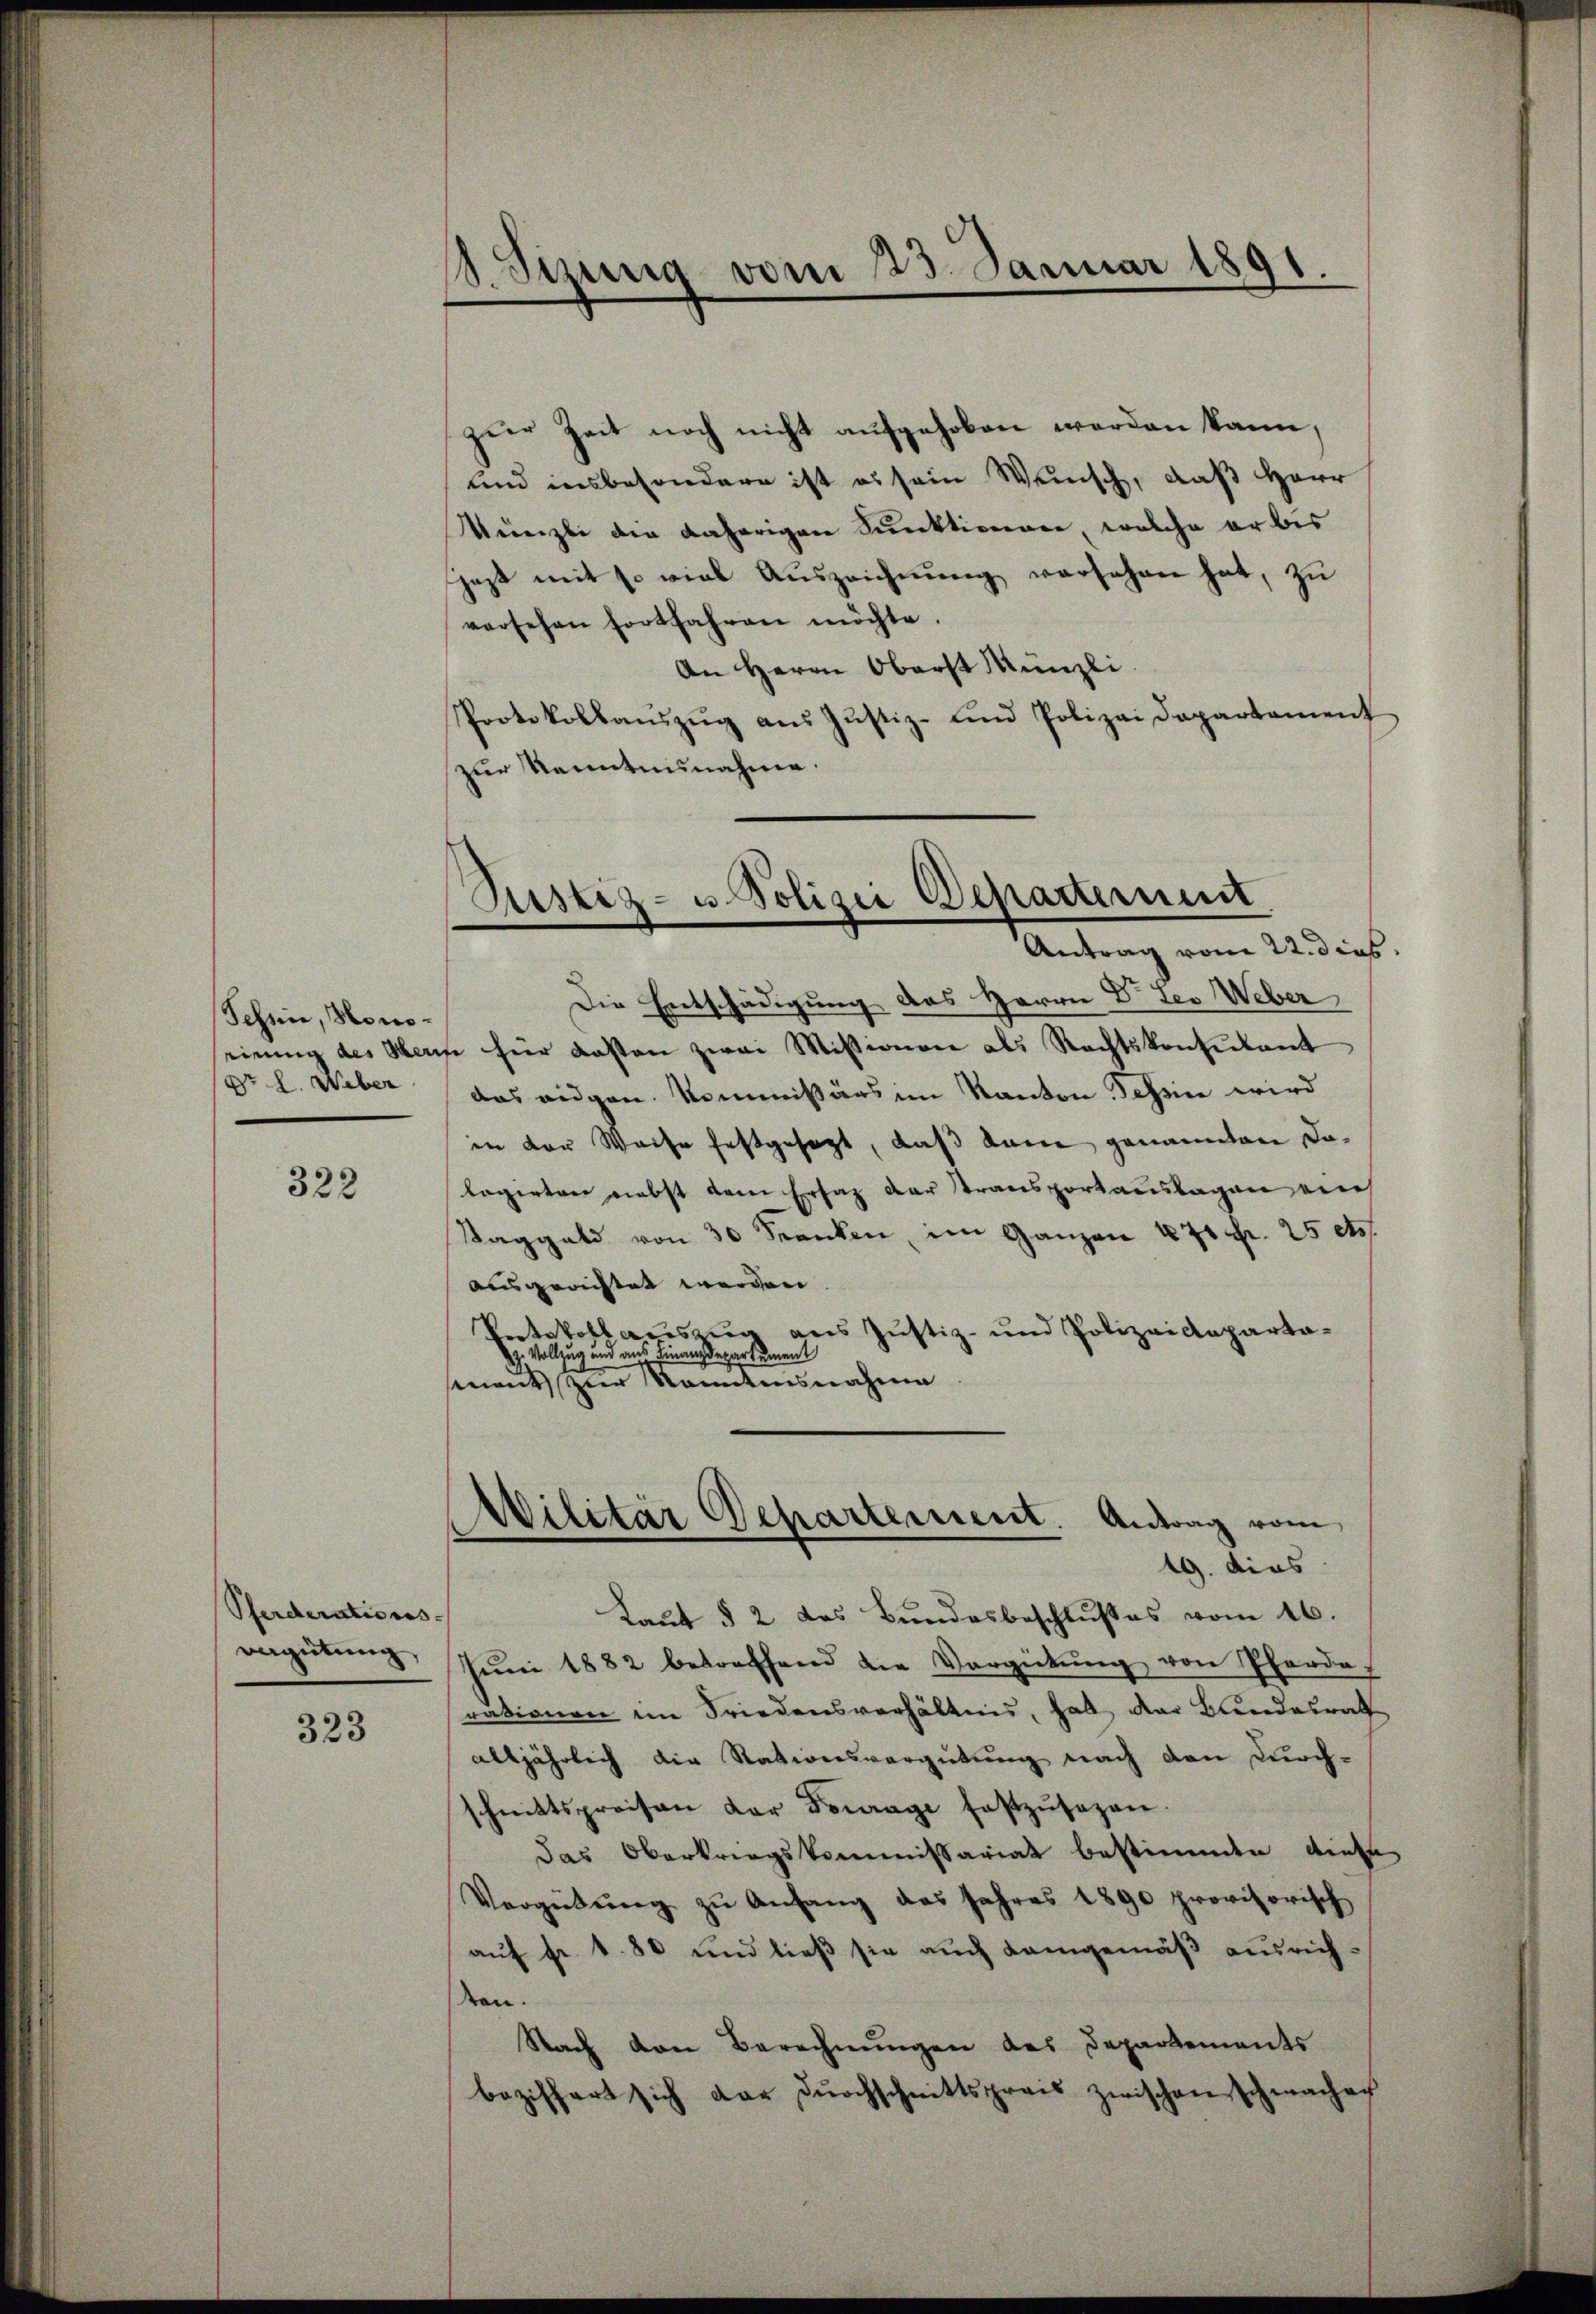
Schen, Hono¬
(Dr. L. Weber

322

Pferderations-
vergütung,

323

8.Sizung vom 23. Januar 1891.

zur Zeit noch nicht aufgehoben worden kann,
und insbesondere ist es sein Wunsch, daß Herr
Künzli die daherigen Punktivieren, welche er bis
Gezt mit so viel Auszeichnung versehen hat, zu
versehen fortfahren möchte.
An Herrn Oberst Münzli
Protokollaŭszŭg aŭs Justiz- und Polizei Departament
zur Kenntnisnahme.

Piustiz- u Polizei Departement
Antrag vom 22. dies

Die Entschädigung des Herrn Dr. Leo Weber
einung des Herze hier dassen zwei Missionare als Rechtskonsulant
das eidgen. Kommißärs im Kanton Tessine wird
in der Weise festgesagt, daß dann genannten Dolagirten nebst dem Ersatz der Stransportauslagen ein
Taggeld von 30 Franken, im Ganzen 1871 Fr. 25 ets.
ausgerichtet werden
Protokollauszug aus Justiz- und Polizeideparta-
z. Vollzug und aus Finanzdepartement
sement zur Kenntnisnahme

Wilitär Departement. Antrag vom
.
.
19. dies

Laut § 2 das Bundesbeschlußes vom 16.
Jŭni 1882 betreffend die Vergütŭng von Pferde
rationen im Friedensverhältnis, hat der Bundesrath
alljährlich die Rationsvergütung nach den Durch-
schnittspreisen der Fourage festzŭsezen.
das Oberkriegskommissariat bestimmte diese
Vergütŭng zu Anfang das Jahres 1890 provisorisch
auf Fr. 180 und ließ sie auch Langemäß ausrichten.
Nach den Berechnungen des Departements
beziffert sich dar Dŭrchschnittspreis zwischen schwachen